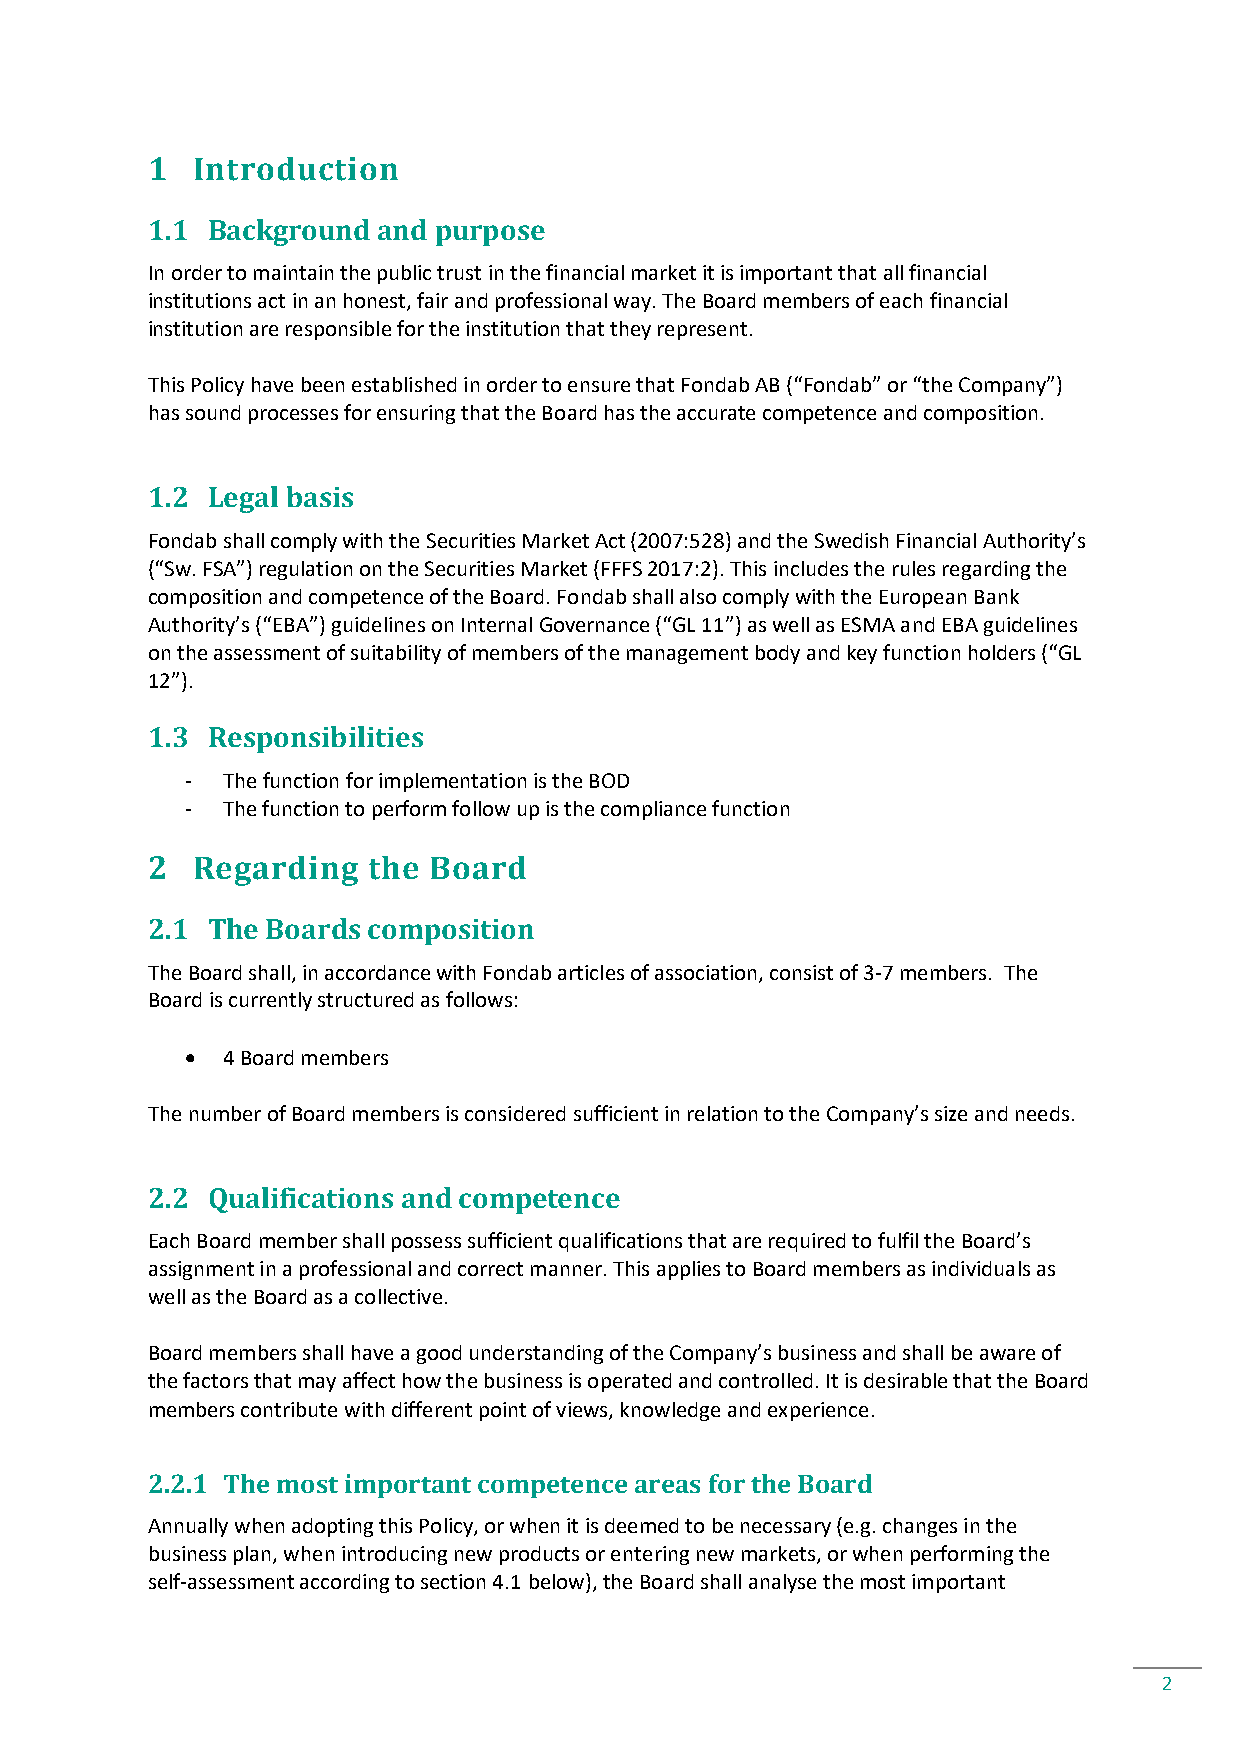
1  Introduction
 1.1 Background and purpose
 In order to maintain the public trust in the financial market it is important that all financial
 institutions act in an honest, fair and professional way. The Board members of each financial
 institution are responsible for the institution that they represent.
 This Policy have been established in order to ensure that Fondab AB (“Fondab” or “the Company”)
 has sound processes for ensuring that the Board has the accurate competence and composition.
 1.2 Legal basis
 Fondab shall comply with the Securities Market Act (2007:528) and the Swedish Financial Authority’s
 (“Sw. FSA”) regulation on the Securities Market (FFFS 2017:2). This includes the rules regarding the
 composition and competence of the Board. Fondab shall also comply with the European Bank
 Authority’s (“EBA”) guidelines on Internal Governance (“GL 11”) as well as ESMA and EBA guidelines
 on the assessment of suitability of members of the management body and key function holders (“GL
 12”).
 1.3 Responsibilities
 -  The function for implementation is the BOD
 -  The function to perform follow up is the compliance function
 2  Regarding  the Board
 2.1 The Boards composition
 The Board shall, in accordance with Fondab articles of association, consist of 3-7 members. The
 Board is currently structured as follows:
 •  4 Board members
 The number of Board members is considered sufficient in relation to the Company’s size and needs.
 2.2 Qualifications and competence
 Each Board member shall possess sufficient qualifications that are required to fulfil the Board’s
 assignment in a professional and correct manner. This applies to Board members as individuals as
 well as the Board as a collective.
 Board members shall have a good understanding of the Company’s business and shall be aware of
 the factors that may affect how the business is operated and controlled. It is desirable that the Board
 members contribute with different point of views, knowledge and experience.
 2.2.1 The most important competence areas for the Board
 Annually when adopting this Policy, or when it is deemed to be necessary (e.g. changes in the
 business plan, when introducing new products or entering new markets, or when performing the
 self-assessment according to section 4.1 below), the Board shall analyse the most important
 2